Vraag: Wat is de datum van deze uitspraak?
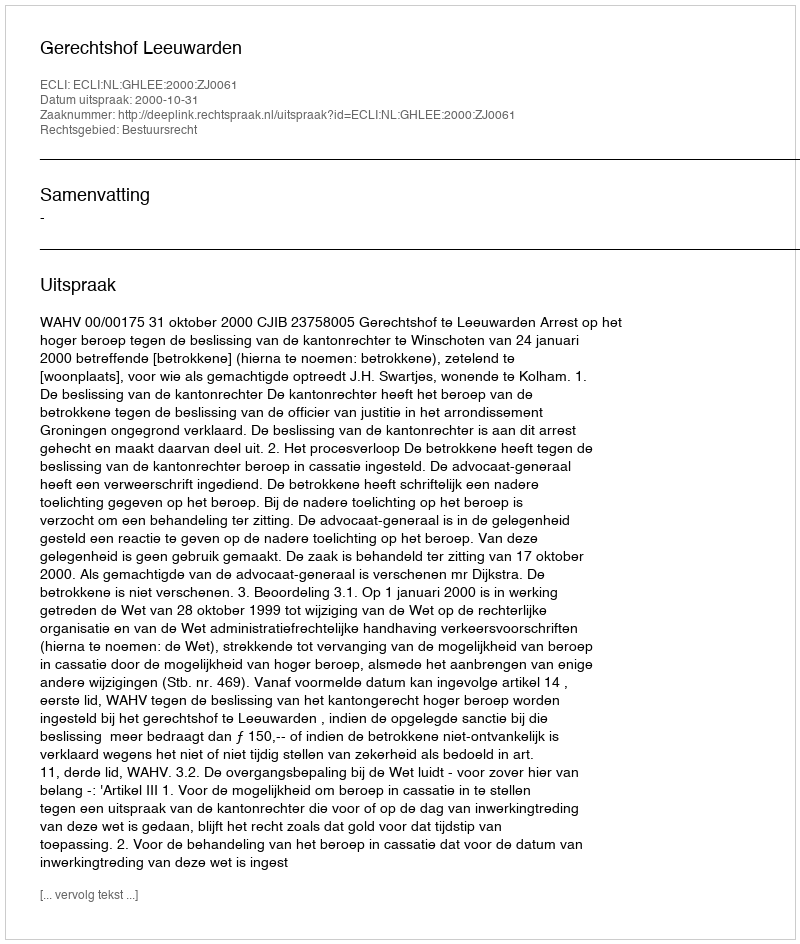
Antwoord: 2000-10-31